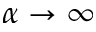
\alpha \rightarrow \infty